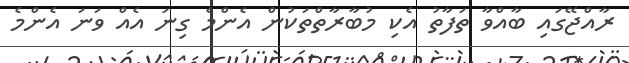
ރާއްޖޭގައި ބާއްވާ ތަފާތު އެކި މުބާރާތްތަކުން އެންމެ ގިނަ އެއް ވަނަ އެންމެ